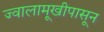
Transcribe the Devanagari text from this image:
ज्वालामूखीपासून